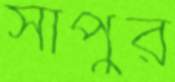
সাপুর